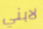
لابني